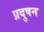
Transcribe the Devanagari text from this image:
प्रदुषन